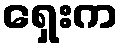
ရှေးက